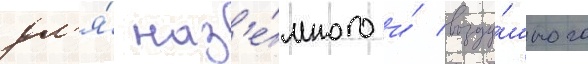
дл'я́ наз'е́много и́ возду́шного